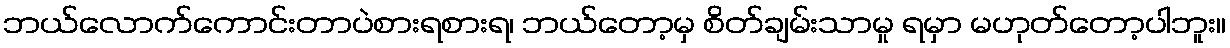
ဘယ်လောက်ကောင်းတာပဲစားရစားရ၊ ဘယ်တော့မှ စိတ်ချမ်းသာမှု ရမှာ မဟုတ်တော့ပါဘူး။